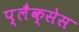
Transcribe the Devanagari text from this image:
प्लैक्सेस